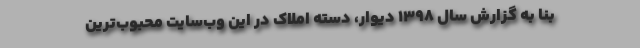
بنا به گزارش سال ۱۳۹۸ دیوار، دسته املاک در این وب‌سایت محبوب‌ترین